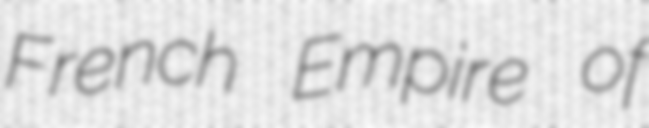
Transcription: French Empire of